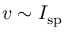
v \sim I _ { \mathrm { s p } }